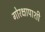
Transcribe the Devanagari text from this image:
गोरक्षापाशी